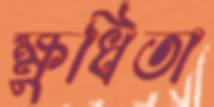
ক্ষুধিতা